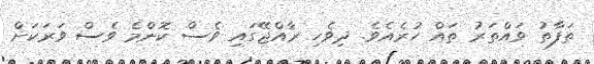
ތަފާތު ވައްތަރު ތައް ހުރެއެވެ. ދިވެހި ރާއްޖޭގައި ވެސް ކޮންމެ ވެސް ވަރަކަށް